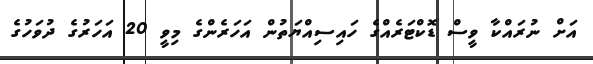
އަށް ނުރައްކާ ވީސް ޑޮކްޓަރެއްގެ ހައިސިއްޔަތުން އަހަރެންގެ މިވީ 20 އަހަރުގެ ދުވަހުގެ